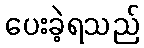
ပေးခဲ့ရသည်